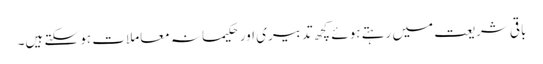
باقی شریعت میں رہتے ہوئے کچھ تدبیری اور حکیمانہ معاملات ہو سکتے ہیں۔